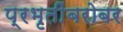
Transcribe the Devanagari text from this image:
प्रभृतींबरोबर